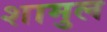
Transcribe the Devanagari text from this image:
शामुल